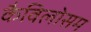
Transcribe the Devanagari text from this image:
कैविलोसम